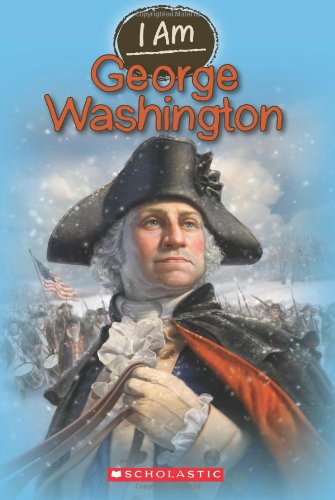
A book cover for I Am #5: George Washington; Grace Norwich; Children's Books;